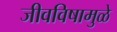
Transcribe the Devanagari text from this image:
जीवविषामुळे